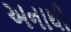
અનાથી